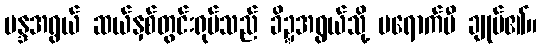
မန္ဒအရွယ် ဆယ်နှစ်တွင်းရုပ်သည် ခိဍ္ဍအရွယ်သို့ မရောက်မီ ချုပ်၏။